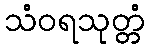
သံဝရသုတ္တံ